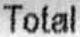
TOTAL